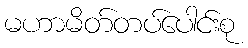
မဟာမိတ်တပ်ပေါင်းစု